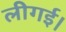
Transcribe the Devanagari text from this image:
लीगई।